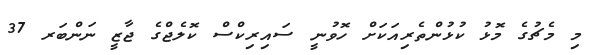
މި މެޗުގެ މޮޅު ކުޅުންތެރިއަކަށް ހޮވުނީ ސައިރިކްސް ކޮލެޖްގެ ޖާޒީ ނަންބަރ 37